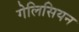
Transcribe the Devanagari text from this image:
गेलिसियन